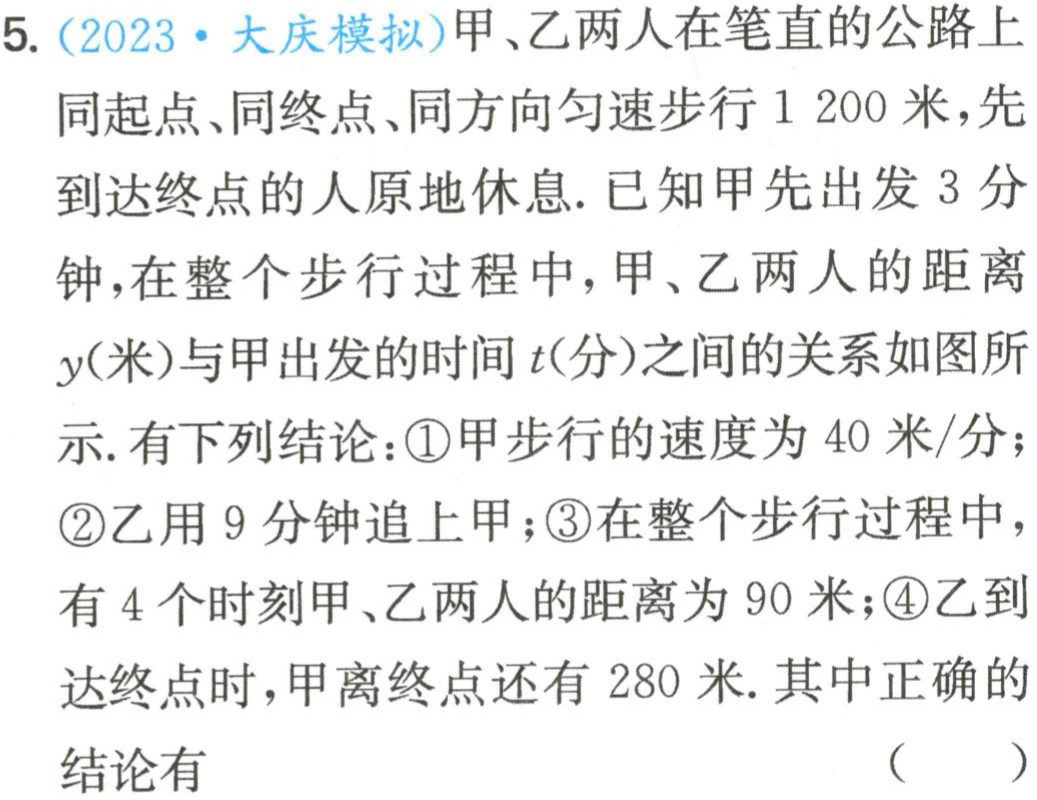
5. (2023·大庆模拟)甲、乙两人在笔直的公路上
同起点、同终点、同方向匀速步行1 200米，先
到达终点的人原地休息. 已知甲先出发3分
钟，在整个步行过程中，甲、乙两人的距离
$y$(米)与甲出发的时间$t$(分)之间的关系如图所
示. 有下列结论：\textcircled{1}甲步行的速度为40米/分；
\textcircled{2}乙用9分钟追上甲；\textcircled{3}在整个步行过程中，
有4个时刻甲、乙两人的距离为90米；\textcircled{4}乙到
达终点时，甲离终点还有280米. 其中正确的
结论有
（  ）